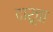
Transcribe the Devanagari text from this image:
दारूचा